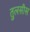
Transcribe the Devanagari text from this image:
तुलसीस